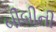
બીબીની